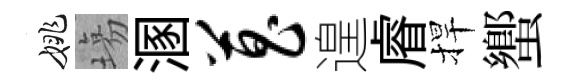
姚塲溷菖遑𥈠捍蠁